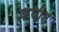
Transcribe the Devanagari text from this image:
कणीश